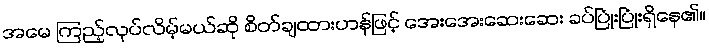
အမေ ကြည့်လုပ်လိမ့်မယ်ဆို စိတ်ချထားဟန်ဖြင့် အေးအေးဆေးဆေး ခပ်ပြုံးပြုံးရှိနေ၏။